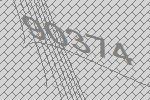
90374